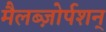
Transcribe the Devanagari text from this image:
मैलब्ज़ोर्पशन्